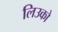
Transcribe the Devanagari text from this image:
लिउको